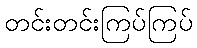
တင်းတင်းကြပ်ကြပ်